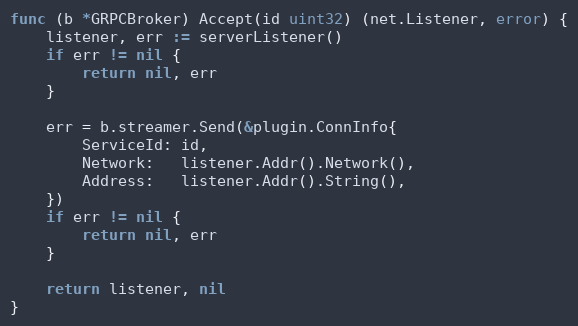
Language: Go
func (b *GRPCBroker) Accept(id uint32) (net.Listener, error) {
	listener, err := serverListener()
	if err != nil {
		return nil, err
	}

	err = b.streamer.Send(&plugin.ConnInfo{
		ServiceId: id,
		Network:   listener.Addr().Network(),
		Address:   listener.Addr().String(),
	})
	if err != nil {
		return nil, err
	}

	return listener, nil
}